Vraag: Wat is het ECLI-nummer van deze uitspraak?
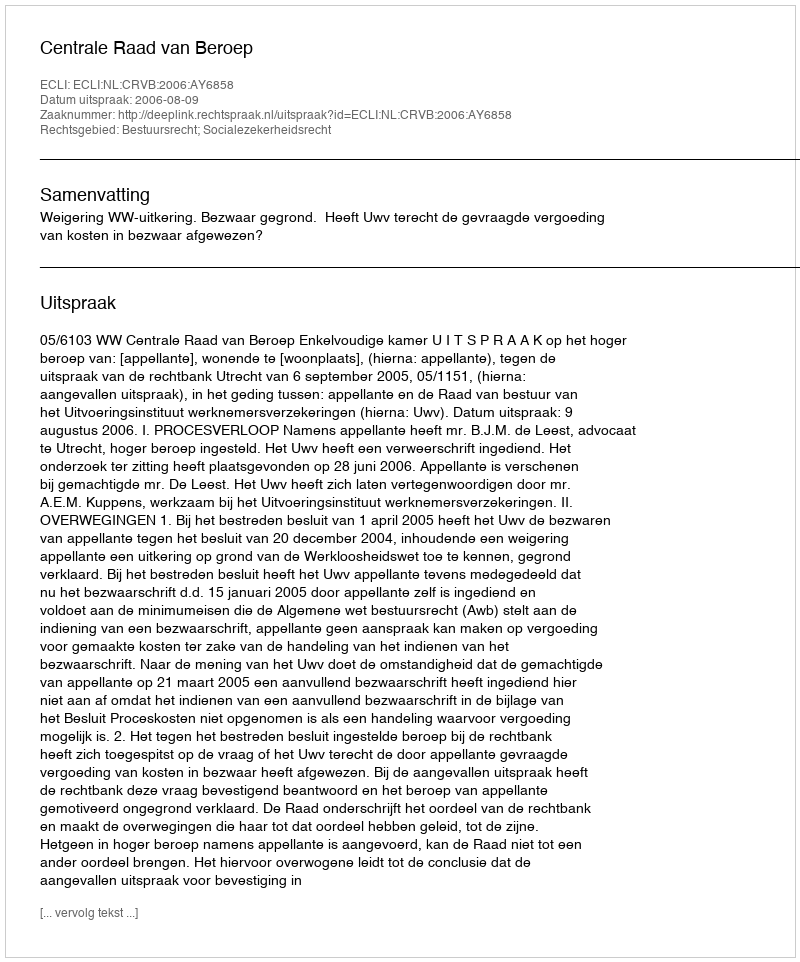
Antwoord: ECLI:NL:CRVB:2006:AY6858